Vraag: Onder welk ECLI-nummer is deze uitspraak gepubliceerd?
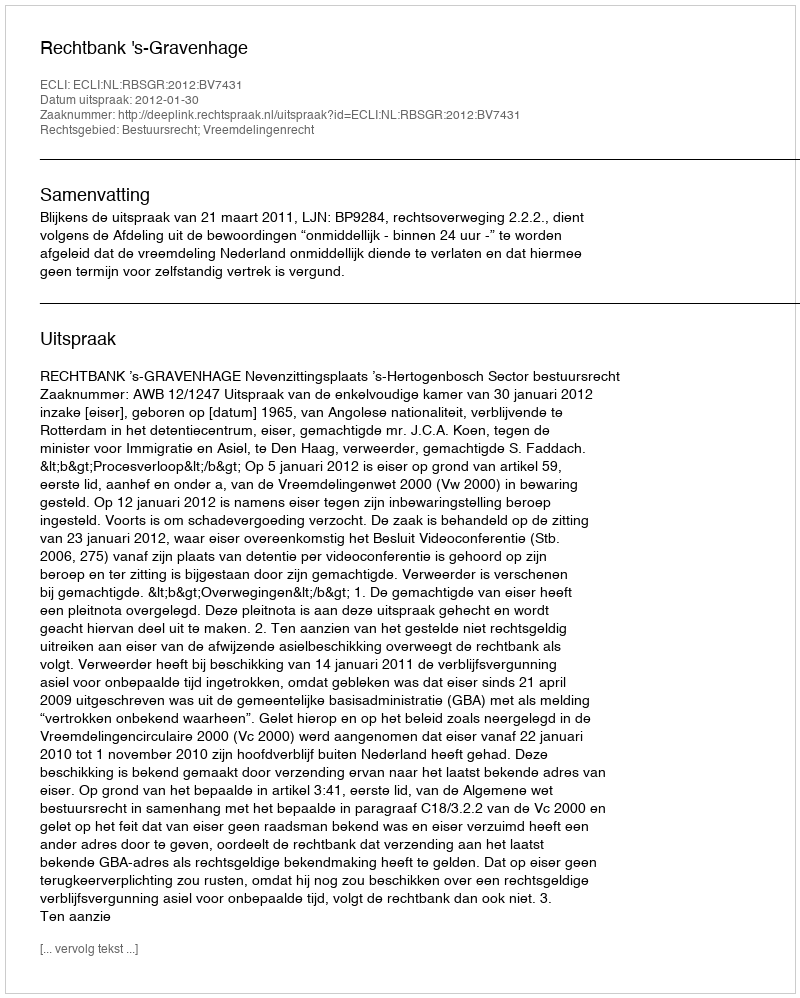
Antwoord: ECLI:NL:RBSGR:2012:BV7431